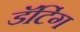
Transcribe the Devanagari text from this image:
डॅटिंग